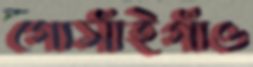
গোসাঁইগাঁও